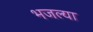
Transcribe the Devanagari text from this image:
भजल्या